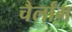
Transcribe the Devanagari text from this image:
चैर्लांग